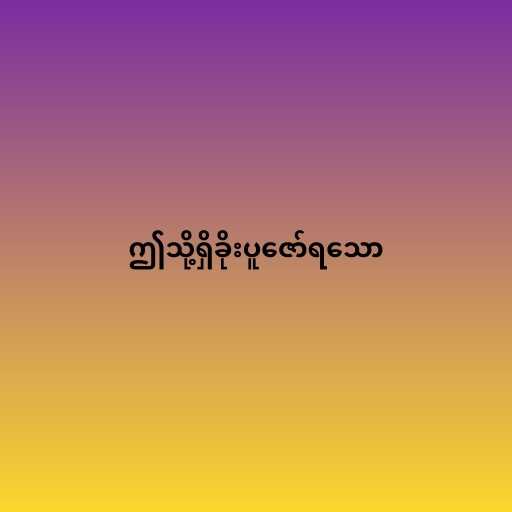
ဤသို့ရှိခိုးပူဇော်ရသော